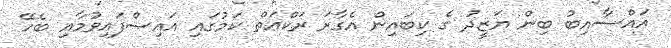
އައްސާއިބު ބިން ޔަޒީދު ގެ ކިބައިން އެގާރަ ރަކްޢަތް ކަމުގައި އައިސްފައިވުމާއި ބެހޭ